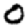
Digit: 0